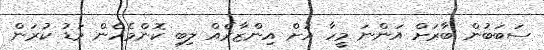
ސަބަބުން ބާރަށް އަންނަ މީހާ އަށް އިންޒާރެއް ލިބި ކޮންމެހެން މަޑު ކުރަން